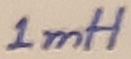
Text: 1mH